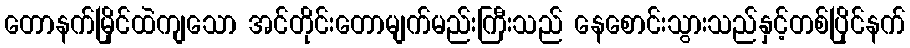
တောနက်မြိုင်ထဲကျသော အင်တိုင်းတောမျက်မည်းကြီးသည် နေစောင်းသွားသည်နှင့်တစ်ပြိုင်နက်